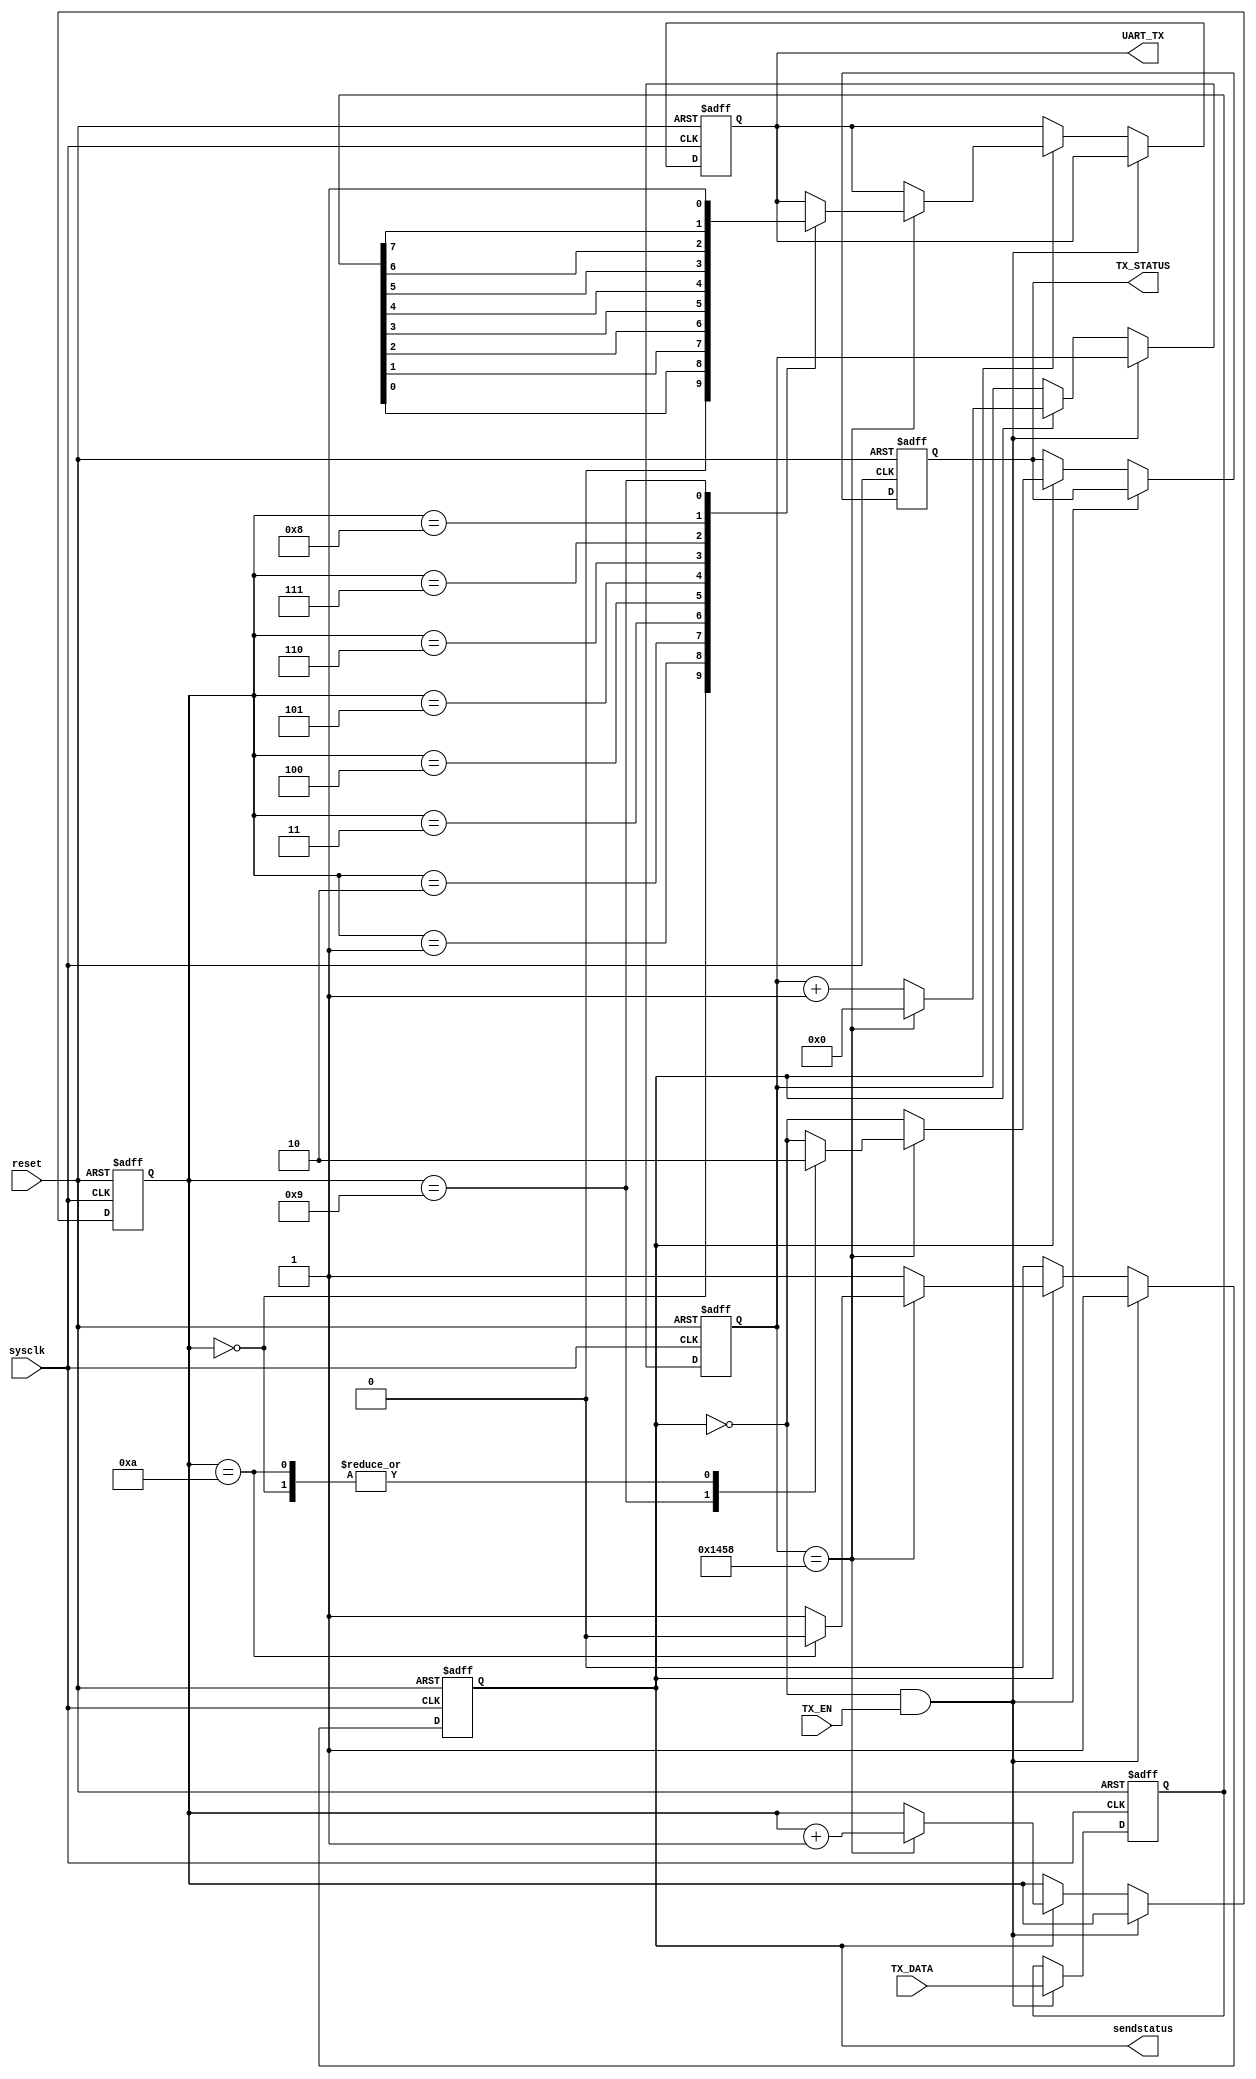
module sender(
input [7:0] TX_DATA,
input TX_EN,
input sysclk,
input reset,
output reg TX_STATUS,
output reg UART_TX,
output reg sendstatus
);

reg [7:0]tempdata;
reg [3:0]digit;
reg [13:0]count;
initial begin
	sendstatus<=0;
	TX_STATUS<=0;
	UART_TX<=1;
	tempdata<=8'b00000000;
	digit<=0;
	count<=0;
end

always@(posedge sysclk or negedge reset)
begin
	if(~reset)begin
		tempdata<=0;
		digit<=0;
		count<=0;
		sendstatus<=0;
		UART_TX<=1;
		TX_STATUS<=0;
	end
	else begin
		if((~sendstatus)&&TX_EN)begin
			sendstatus<=1;
			tempdata<=TX_DATA;
		end
		else if(sendstatus)begin
			TX_STATUS<=~sendstatus;
			if(count==5208)begin
				count<=0;
				case(digit)
				4'd0:begin
					UART_TX<=1'b0;
					TX_STATUS<=0;
				end
				4'd1:UART_TX<=tempdata[0];
				4'd2:UART_TX<=tempdata[1];
				4'd3:UART_TX<=tempdata[2];
				4'd4:UART_TX<=tempdata[3];
				4'd5:UART_TX<=tempdata[4];
				4'd6:UART_TX<=tempdata[5];
				4'd7:UART_TX<=tempdata[6];
				4'd8:UART_TX<=tempdata[7];
				4'd9:begin UART_TX<=1'b1;TX_STATUS<=1;end
				4'd10:begin
					sendstatus<=0;digit<=0;TX_STATUS<=0;
				end
        endcase
				digit<=digit+1;
			end
			else count<=count+1;
		end
	end
end
endmodule